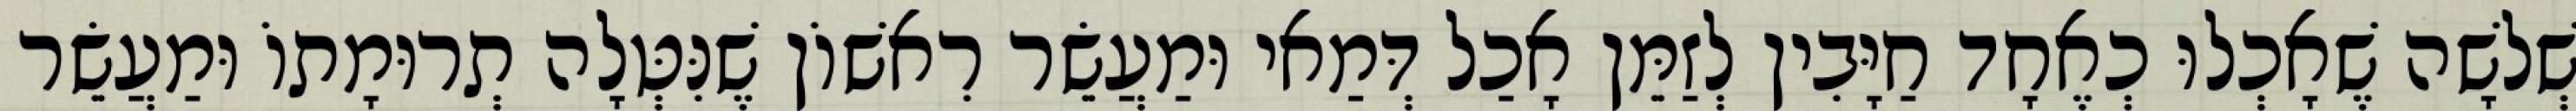
שְׁלשָׁה שֶׁאָכְלוּ כְאֶחָד חַיָּבִין לְזַמֵּן אָכַל דְּמַאי וּמַעֲשֵׂר רִאשׁוֹן שֶׁנִּטְּלָה תְרוּמָתוֹ וּמַעֲשֵׂר